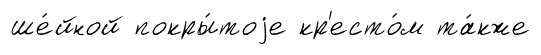
ше́йной покры́тоjе кр'есто́м та́кже